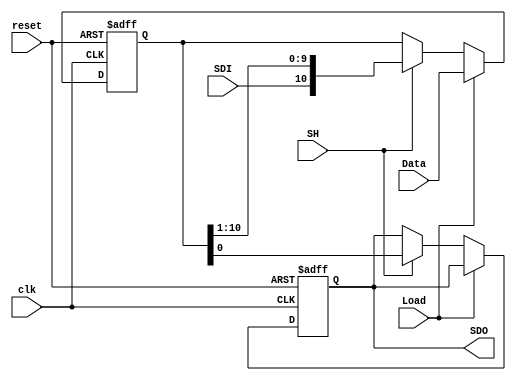
`timescale 1ns / 1ps
//////////////////////////////////////////////////////////////////////////////////
// Company: 
// Engineer: 
// 
// Design Name: 
// Module Name:    shift_register 
// Project Name: 
// Target Devices: 
// Tool versions: 
// Description: 
//
// Dependencies: 
//
// Revision: 
// Revision 0.01 - File Created
// Additional Comments: 
//
//////////////////////////////////////////////////////////////////////////////////
module shift_register(clk, reset, Load, SH, SDI, Data, SDO);

input      clk, reset, Load, SH, SDI;
input      [10:0] Data;
output reg SDO;

reg [10:0] SR;

always @ (posedge clk, posedge reset)
begin

   if(reset)
	begin
	   SDO <= 1'b1;
	   SR <= 11'b111_1111_1111;
   end
   
	else if(Load)	
   begin
	   SDO <= SDO;
      SR <= Data;
   end		
	
	else if(SH)
	begin
	   SDO <= SR[0];
		SR <= { SDI, SR[10:1] };
	end
	
	else
	begin
	   SDO <= SDO;
		SR <= SR;
	end

end

endmodule